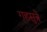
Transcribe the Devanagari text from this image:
गृहसुत्रे